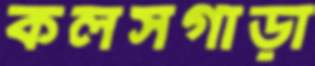
কলসগাড়া